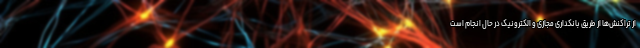
از تراکنش‌ها از طریق بانکداری مجازی و ‌الکترونیک در حال انجام است